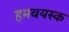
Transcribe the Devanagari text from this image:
हमवयस्क